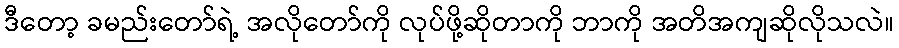
ဒီတော့ ခမည်းတော်ရဲ့ အလိုတော်ကို လုပ်ဖို့ဆိုတာကို ဘာကို အတိအကျဆိုလိုသလဲ။